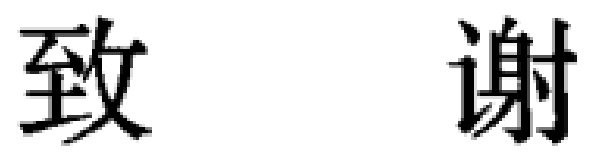
致谢